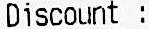
DISCOUNT :